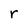
Character: r